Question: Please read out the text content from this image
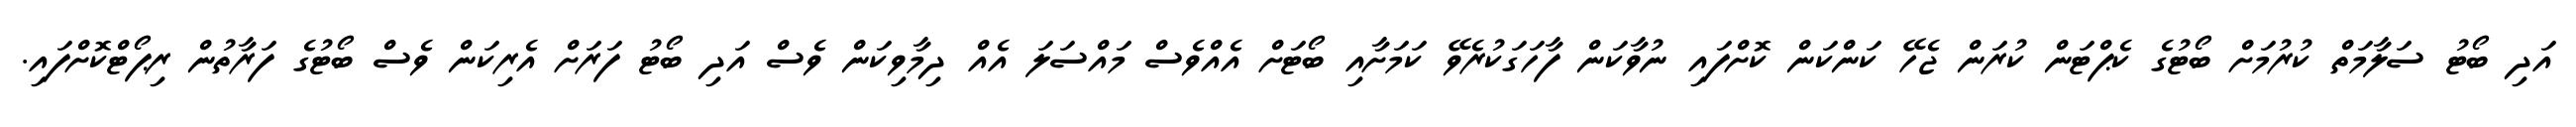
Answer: އަދި ބޯޓު ސަލާމަތް ކުރުމަށް ބޯޓުގެ ކެޕްޓަން ކުރަން ޖެހޭ ކަންކަން ކޮށްފައި ނުވާކަން ފާހަގަކުރެވޭ ކަމަށާއި ބޯޓަށް އެއްވެސް މައްސަލަ އެއް ދިމާވިކަން ވެސް އަދި ބޯޓު ފަރަށް އެރިކަން ވެސް ބޯޓުގެ ފަރާތުން ރިޕޯޓްކޮށްފައި.